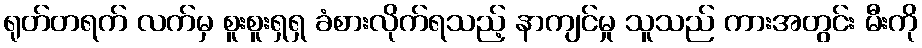
ရုတ်တရက် လက်မှ စူးစူးရှရှ ခံစားလိုက်ရသည့် နာကျင်မှု သူသည် ကားအတွင်း မီးကို